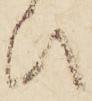
ひ